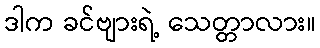
ဒါက ခင်ဗျားရဲ့ သေတ္တာလား။